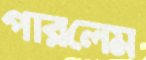
পারলেম